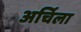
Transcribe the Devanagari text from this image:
अर्चिला